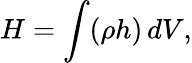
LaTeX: H=\int(\rho h)\, dV,